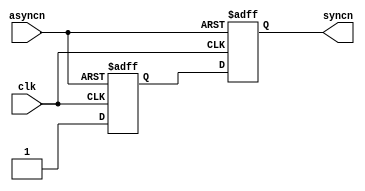
module AsyncInputSynchronizer (
	input wire clk, // system clock
	input wire asyncn, // Asynchronous input (reset or preset)
	output wire syncn // Synchronous reset or preset output
);

	reg first_ff, second_ff; 

	always@(posedge clk, negedge asyncn) 
	begin
		if(asyncn == 0)
		begin
			first_ff <= 0;
			second_ff <= 0;
		end
		else
		begin
			first_ff <= 1;
			second_ff <= first_ff;
		end	
	end
	
	assign syncn = second_ff;

endmodule